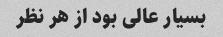
بسیار عالی بود از هر نظر